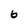
Character: 6